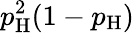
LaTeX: p_{\mathrm{H}}^{2}(1-p_{\mathrm{H}})